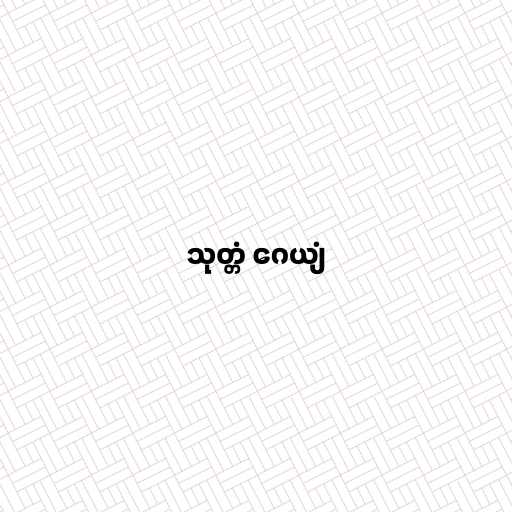
သုတ္တံ ဂေယျံ